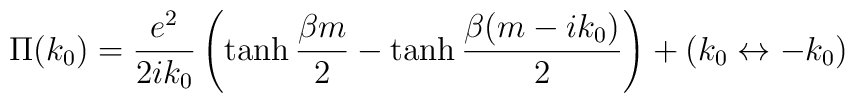
\Pi(k_{0}) = {e^{2}\over 2i k_{0}} \left(\tanh {\beta m\over 2} - \tanh {\beta(m-ik_{0})\over 2}\right) + (k_{0} \leftrightarrow - k_{0})